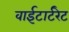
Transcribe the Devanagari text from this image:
वाईटार्टरेट